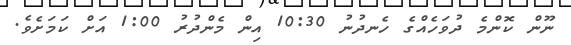
ނޫން ކޮންމެ ދުވަހެއްގެ ހެނދުނު 10:30 އިން މެންދުރު 1:00 އަށް ކަމަށެވެ.